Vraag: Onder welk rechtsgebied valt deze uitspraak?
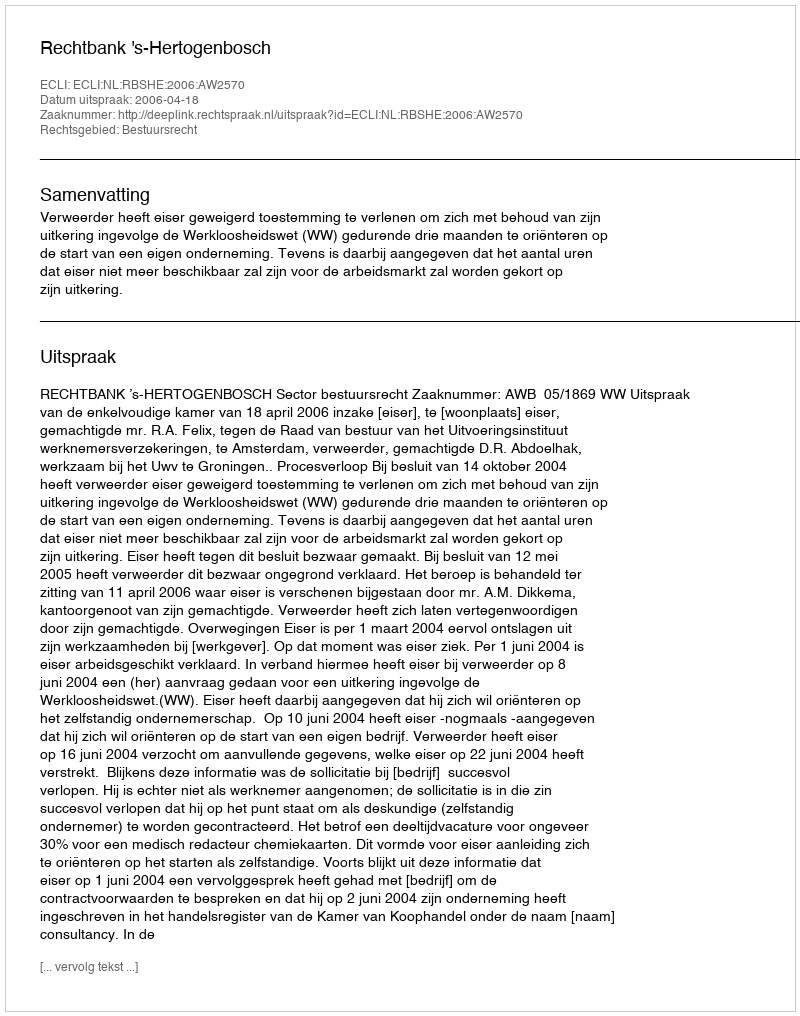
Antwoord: Bestuursrecht